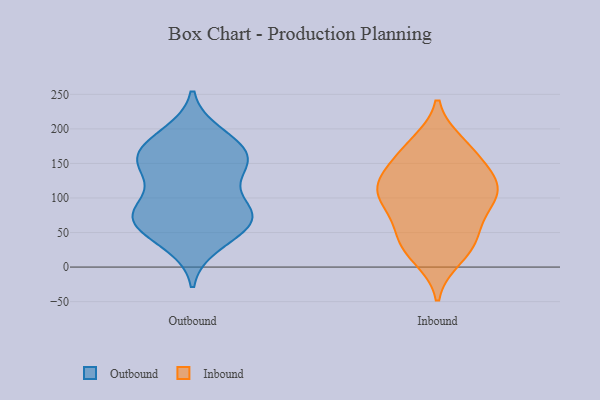
{"axis": {"x": "Latency (ms)", "y": "Value"}, "legend": ["Inbound", "Outbound"], "data": [{"x": "", "y": 103, "type": "Outbound"}, {"x": "", "y": 154, "type": "Outbound"}, {"x": "", "y": 67, "type": "Outbound"}, {"x": "", "y": 73, "type": "Outbound"}, {"x": "", "y": 181, "type": "Outbound"}, {"x": "", "y": 193, "type": "Outbound"}, {"x": "", "y": 40, "type": "Outbound"}, {"x": "", "y": 145, "type": "Outbound"}, {"x": "", "y": 149, "type": "Outbound"}, {"x": "", "y": 74, "type": "Outbound"}, {"x": "", "y": 184, "type": "Outbound"}, {"x": "", "y": 159, "type": "Outbound"}, {"x": "", "y": 32, "type": "Outbound"}, {"x": "", "y": 62, "type": "Outbound"}, {"x": "", "y": 79, "type": "Outbound"}, {"x": "", "y": 141, "type": "Outbound"}, {"x": "", "y": 157, "type": "Outbound"}, {"x": "", "y": 78, "type": "Outbound"}, {"x": "", "y": 76, "type": "Outbound"}, {"x": "", "y": 38, "type": "Inbound"}, {"x": "", "y": 113, "type": "Inbound"}, {"x": "", "y": 54, "type": "Inbound"}, {"x": "", "y": 109, "type": "Inbound"}, {"x": "", "y": 14, "type": "Inbound"}, {"x": "", "y": 159, "type": "Inbound"}, {"x": "", "y": 95, "type": "Inbound"}, {"x": "", "y": 122, "type": "Inbound"}, {"x": "", "y": 179, "type": "Inbound"}, {"x": "", "y": 152, "type": "Inbound"}, {"x": "", "y": 24, "type": "Inbound"}, {"x": "", "y": 126, "type": "Inbound"}, {"x": "", "y": 82, "type": "Inbound"}, {"x": "", "y": 95, "type": "Inbound"}, {"x": "", "y": 176, "type": "Inbound"}, {"x": "", "y": 118, "type": "Inbound"}, {"x": "", "y": 41, "type": "Inbound"}]}